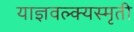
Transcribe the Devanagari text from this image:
याज्ञवल्क्यस्मृती